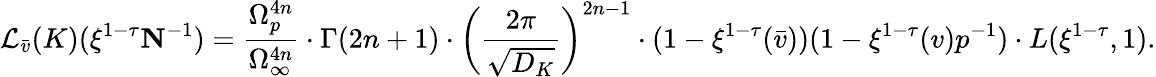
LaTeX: \mathcal{L}_{\bar{v}}(K)(\xi^{1-\tau}\mathbf{N}^{-1})=\frac{\Omega_{p}^{4n}}{\Omega_{\infty}^{4n}}\cdot\Gamma(2n+1)\cdot\biggl(\frac{2\pi}{\sqrt{D_{K}}}\biggr)^{2n-1}\cdot(1-\xi^{1-\tau}(\bar{v}))(1-\xi^{1-\tau}({v})p^{-1})\cdot L(\xi^{1-\tau},1).